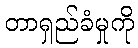
တာရှည်ခံမှုကို